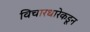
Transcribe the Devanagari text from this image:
विचारधारेकडून